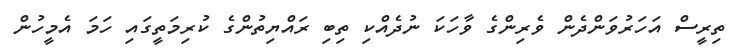
ތިރީސް އަހަރުވަންދެން ވެރިންގެ ވާހަކަ ނުދެއްކި ތިބި ރައްޔިތުންގެ ކުރިމަތީގައި ހަމަ އެމީހުން